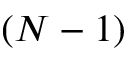
( N - 1 )